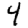
Digit: 4